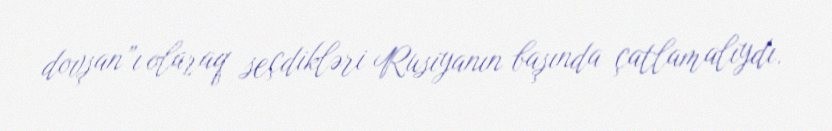
dovşan”ı olaraq seçdikləri Rusiyanın başında çatlamalıydı.